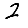
Digit: 2